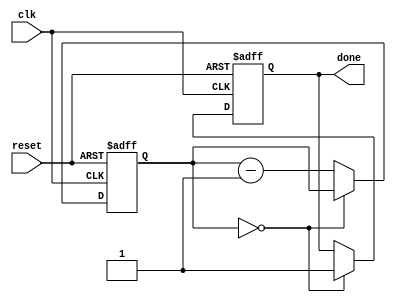
module decremental_for_loop (
    input wire clk,
    input wire reset,
    output reg done
);

reg [7:0] counter;
parameter initial_value = 10;
parameter end_value = 0;
parameter decrement_amount = 1;
reg loop_body_executed;

always @(posedge clk or posedge reset) begin
    if (reset) begin
        counter <= initial_value;
        loop_body_executed <= 0;
        done <= 0;
    end else begin
        if (counter == end_value) begin
            done <= 1;
        end else begin
            counter <= counter - decrement_amount;
            loop_body_executed <= 1;
        end
    end
end

// Loop body functionality
always @(*) begin
    if (loop_body_executed) begin
        // Insert the desired functionality to be executed in every iteration of the loop here
    end
end

endmodule